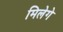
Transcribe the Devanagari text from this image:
मिलेगे